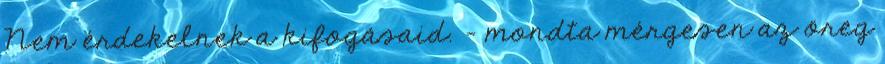
Nem érdekelnek a kifogásaid. – mondta mérgesen az öreg